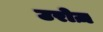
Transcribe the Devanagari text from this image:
उरोज़